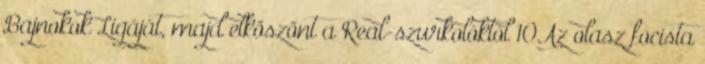
Bajnokok Ligáját, majd elköszönt a Real-szurkolóktól 10Az olasz focista